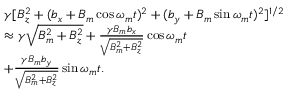
\begin{array} { r l } & { \gamma [ B _ { z } ^ { 2 } + ( b _ { x } + B _ { m } \cos \omega _ { m } t ) ^ { 2 } + ( b _ { y } + B _ { m } \sin \omega _ { m } t ) ^ { 2 } ] ^ { 1 / 2 } } \\ & { \approx \gamma \sqrt { B _ { m } ^ { 2 } + B _ { z } ^ { 2 } } + \frac { \gamma B _ { m } b _ { x } } { \sqrt { B _ { m } ^ { 2 } + B _ { z } ^ { 2 } } } \cos \omega _ { m } t } \\ & { + \frac { \gamma B _ { m } b _ { y } } { \sqrt { B _ { m } ^ { 2 } + B _ { z } ^ { 2 } } } \sin \omega _ { m } t . } \end{array}